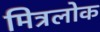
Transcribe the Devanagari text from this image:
मित्रलोक